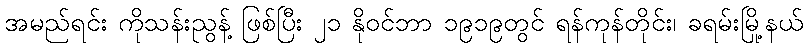
အမည်ရင်း ကိုသန်းညွန့် ဖြစ်ပြီး ၂၁ နိုဝင်ဘာ ၁၉၁၉တွင် ရန်ကုန်တိုင်း၊ ခရမ်းမြို့နယ်